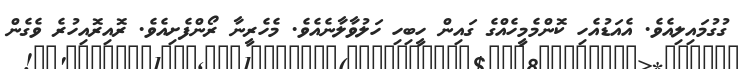
ގުގުމައިލިއެވެ. އެއަޑުއެހި ކޮންމެމީހެއްގެ ގައިން ހީބިހި ހަލުވާލާނެއެވެ. މެހެރީނާ ރޯންފެށިއެވެ. ރޮއިރޮއިހުރެ ވެގެން